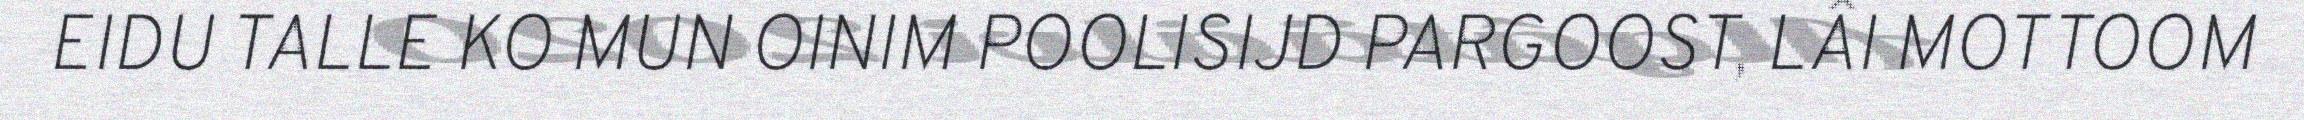
EIDU TALLE KO MUN OINIM POOLISIJD PARGOOST, LÂI MOTTOOM